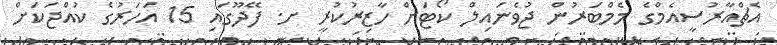
އެޗްއާރުސީއެމްގެ މެމްބަރުން ޖުވެނައިލް ކޯޓަށް ހާޒިރުކުރީ ށ. ފޭދޫގައި 15 އަހަރުގެ ކުއްޖަކަށް